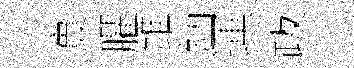
實臞錐鈵運跋